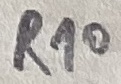
Text: R10